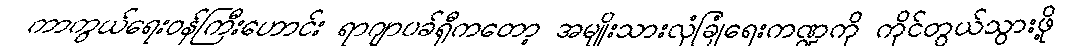
ကာကွယ်ရေးဝန်ကြီးဟောင်း ရာဂျာပခ်ရှီကတော့ အမျိုးသားလုံခြုံရေးကဏ္ဍကို ကိုင်တွယ်သွားဖို့